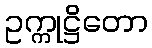
ဥက္ကုဋ္ဌိတော